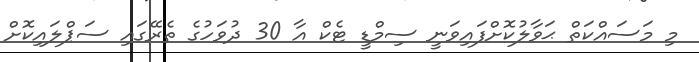
މި މަސައްކަތް ޙަވާލުކޮށްފައިވަނީ ސިމްޑީ ޓެކް އާ 30 ދުވަހުގެ ތެރޭގައި ސަޕްލައިކޮށް